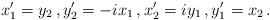
LaTeX: \begin{align*}x_1^\prime = y_2 \, , y_2^\prime = -ix_1 \, , x_2^\prime = iy_1 \, , y_1^\prime = x_2 \, .\end{align*}